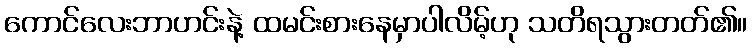
ကောင်လေးဘာဟင်းနဲ့ ထမင်းစားနေမှာပါလိမ့်ဟု သတိရသွားတတ်၏။